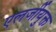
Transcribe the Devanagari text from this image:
एलर्जीयुक्त